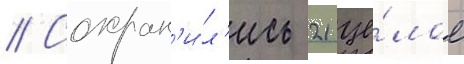
// Сохран'и́л'ись 21 це́лое